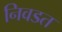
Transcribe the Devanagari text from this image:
निवडत